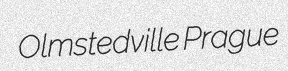
Olmstedville Prague